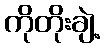
ကိုတိုးချဲ့